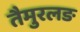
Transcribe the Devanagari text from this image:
तैमुरलङ